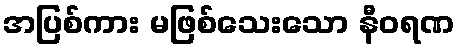
အပြစ်ကား မဖြစ်သေးသော နီဝရဏ